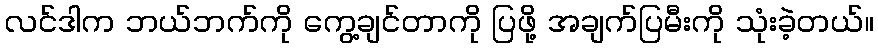
လင်ဒါက ဘယ်ဘက်ကို ကွေ့ချင်တာကို ပြဖို့ အချက်ပြမီးကို သုံးခဲ့တယ်။